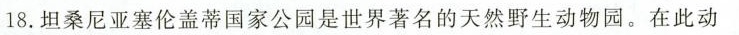
18.坦桑尼亚塞伦盖蒂国家公园是世界著名的天然野生动物园。在此动